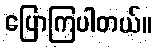
ပြောကြပါတယ်။